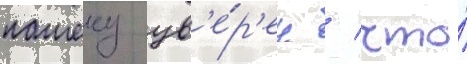
пашеку ув'е́р'ен / что́